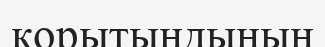
қорытындының